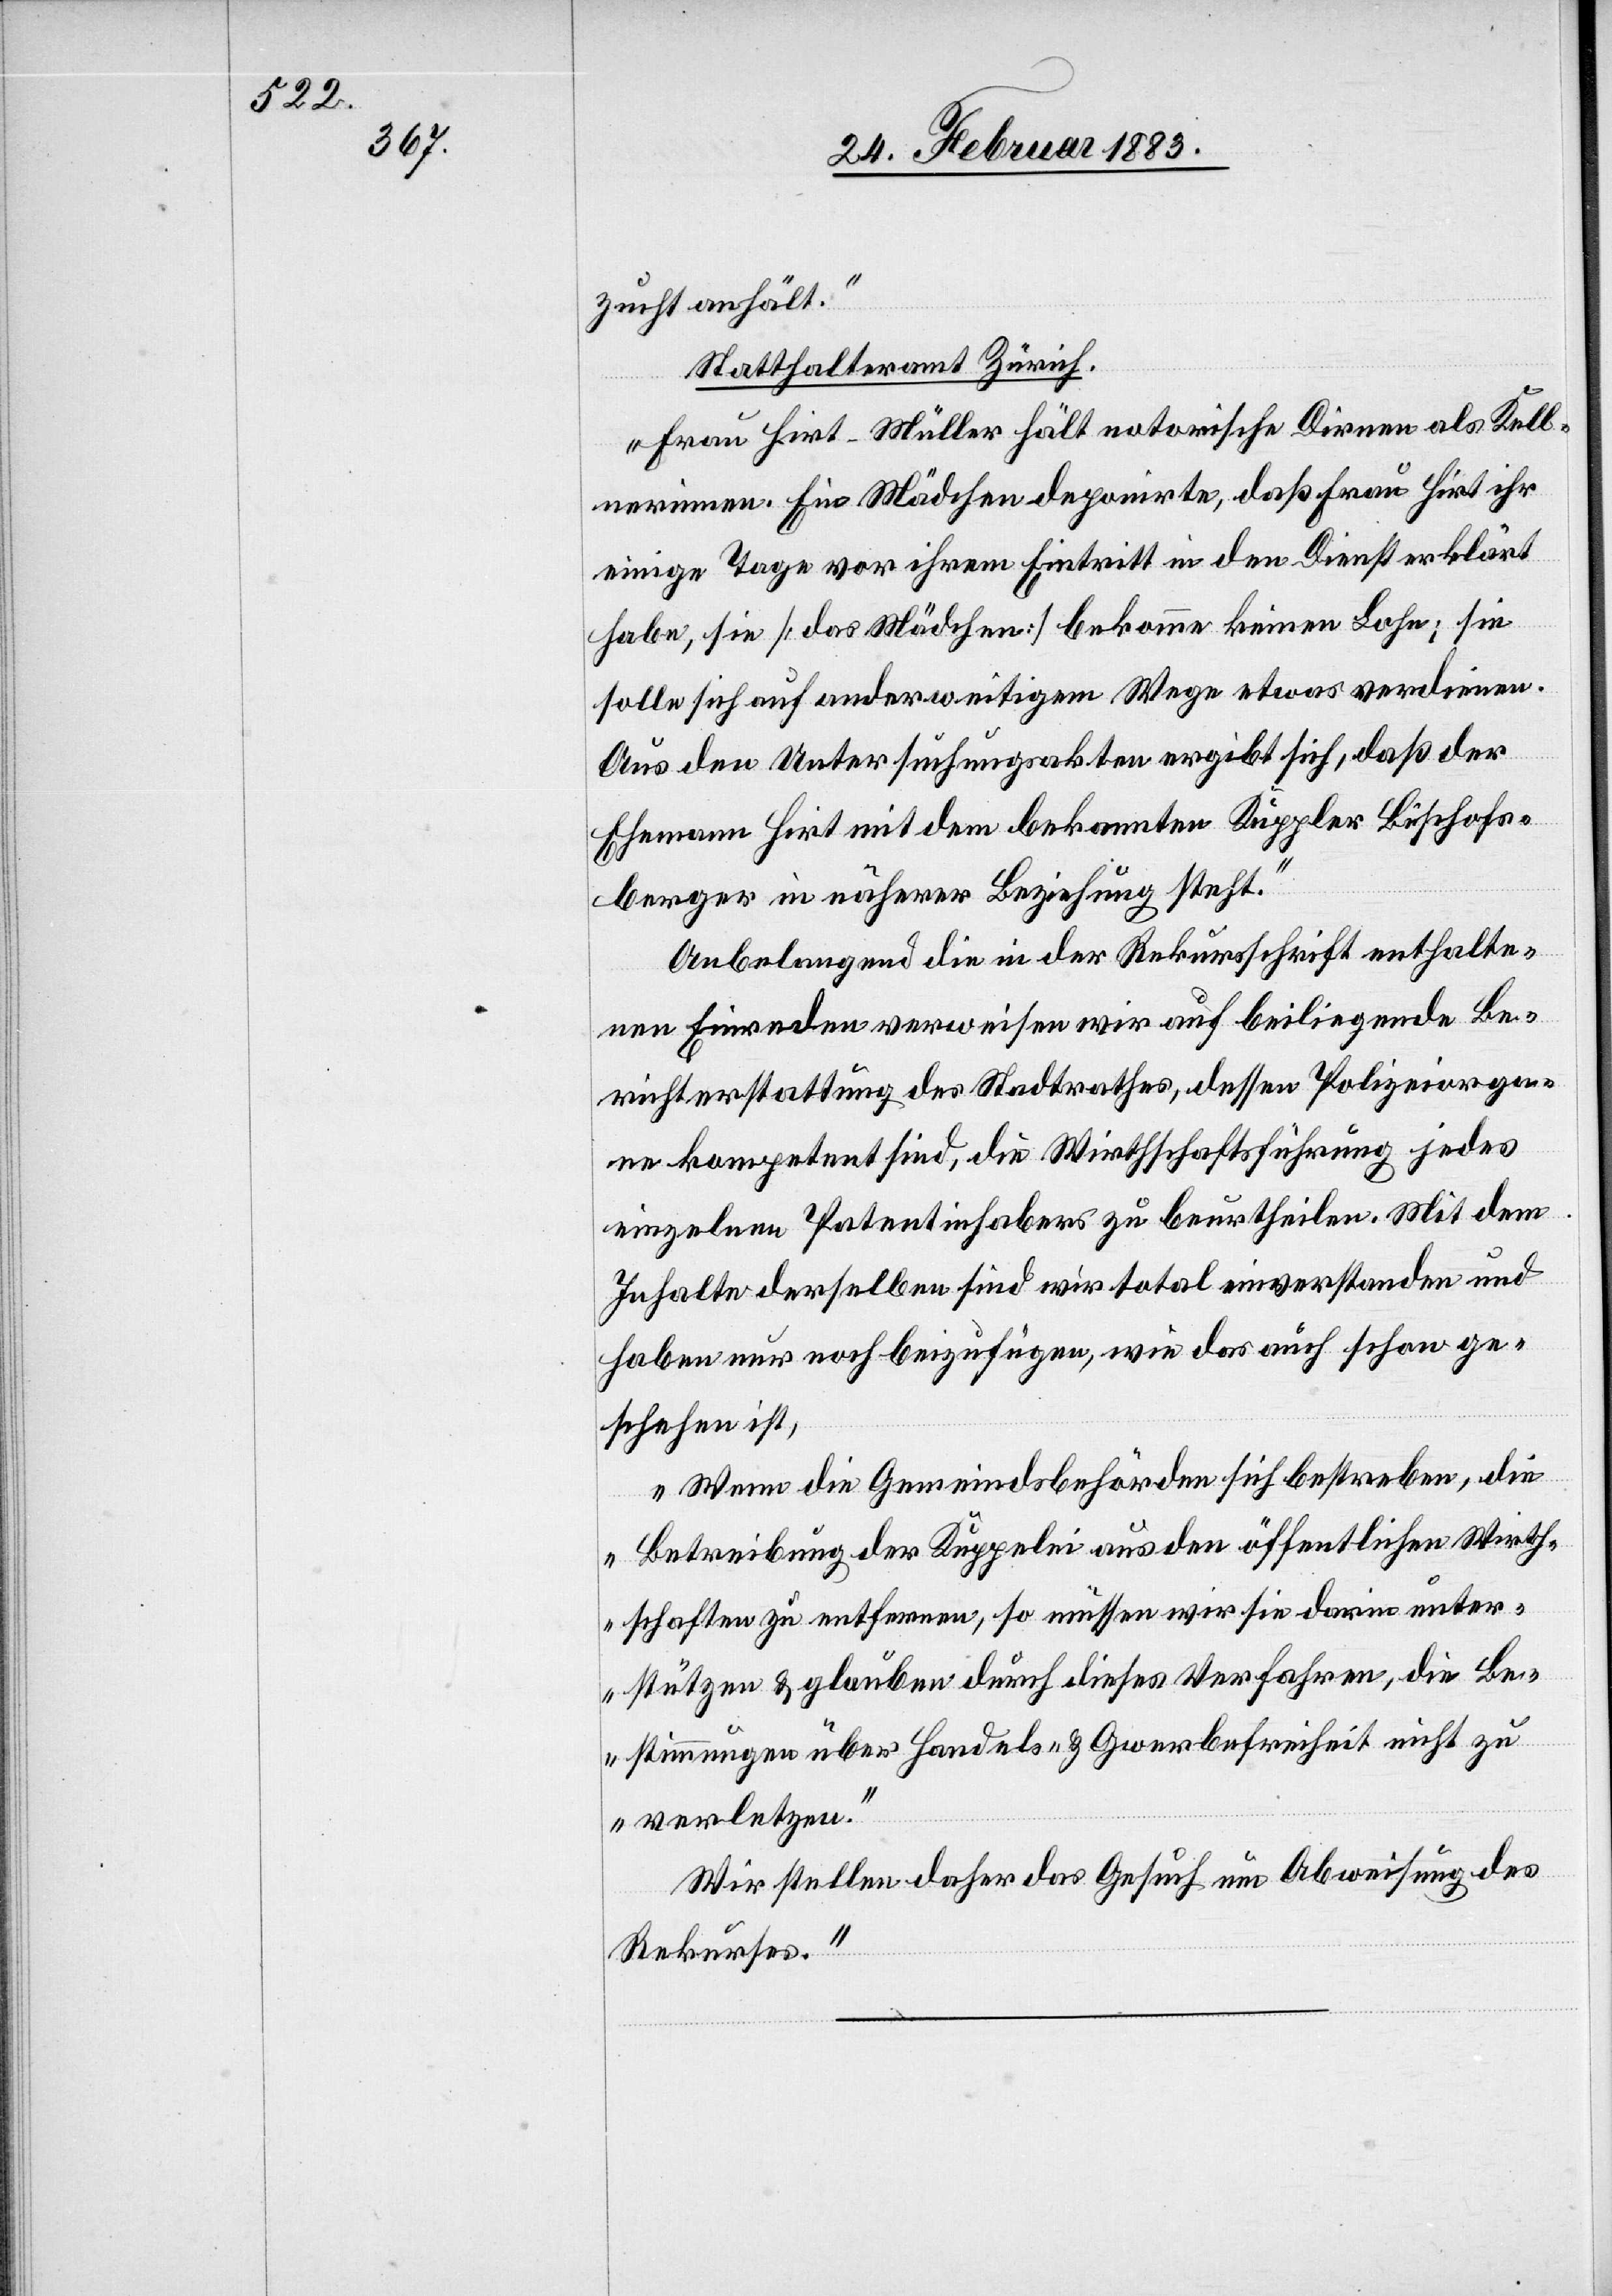
zucht anhält.
Statthalteramt Zürich.
Frau Hirt-Müller hält notorische Dirnen als Kell¬
nerinnen. Ein Mädchen deponirte, daß Frau Hirt ihr
einige Tage vor ihrem Eintritt in den Dienst erklärt
habe, sie [das Mädchen] bekomme keinen Lohn; sie
solle sich auf anderweitigem Wege etwas verdienen.
Aus den Untersuchungsakten ergibt sich, daß der
Ehemann Hirt mit dem bekannten Kuppler Bischofs¬
berger in näherer Beziehung steht.
Anbelangend die in der Rekursschrift enthalte¬
nen Einreden verweisen wir auf beiliegende Be¬
richterstattung des Stadtrathes, dessen Polizeiorga¬
ne kompetent sind, die Wirthschaftsführung jedes
einzelnen Patentinhabers zu beurtheilen. Mit dem
Inhalte derselben sind wir total einverstanden und
haben nur noch beizufügen, wie das auch schon ge¬
schehen ist,
Wenn die Gemeindebehörden sich bestreben, die
Betreibung der Kuppelei aus den öffentlichen Wirth¬
schaften zu entfernen, so müssen wir sie darin unter¬
stützen & glauben durch dieses Verfahren, die Be¬
stimmungen über Handels- & Gewerbefreiheit nicht zu
verletzen.
Wir stellen daher das Gesuch um Abweisung des
Rekurses.“